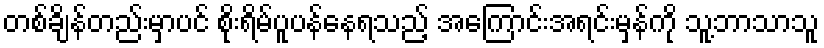
တစ်ချိန်တည်းမှာပင် စိုးရိမ်ပူပန်နေရသည့် အကြောင်းအရင်းမှန်ကို သူ့ဘာသာသူ